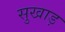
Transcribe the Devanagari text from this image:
सुखाड़